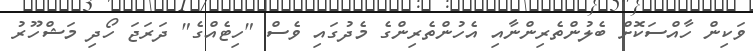
ވަކިން ހާއްސަކޮށް ބެލުންތެރިންނާއި އެހުންތެރިންގެ މެދުގައި ވެސް "ހިޓެއްގެ" ދަރަޖަ ހޯދި މަޝްހޫރު